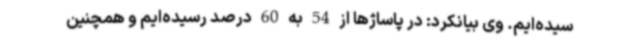
سیده‌ایم. وی بیانکرد: در پاساژها از 54 به 60 درصد رسیده‌ایم و همچنین